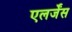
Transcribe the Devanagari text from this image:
एलर्जेंस